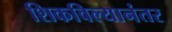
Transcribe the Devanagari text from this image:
शिकविल्यानंतर